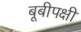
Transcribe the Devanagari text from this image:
बूबीपक्षी